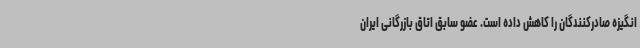
انگیزه صادرکنندگان را کاهش داده است. عضو سابق اتاق بازرگانی ایران